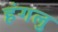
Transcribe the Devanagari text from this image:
हंगलु